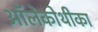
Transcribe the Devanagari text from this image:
ऑलेकोथीका